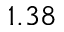
1 . 3 8